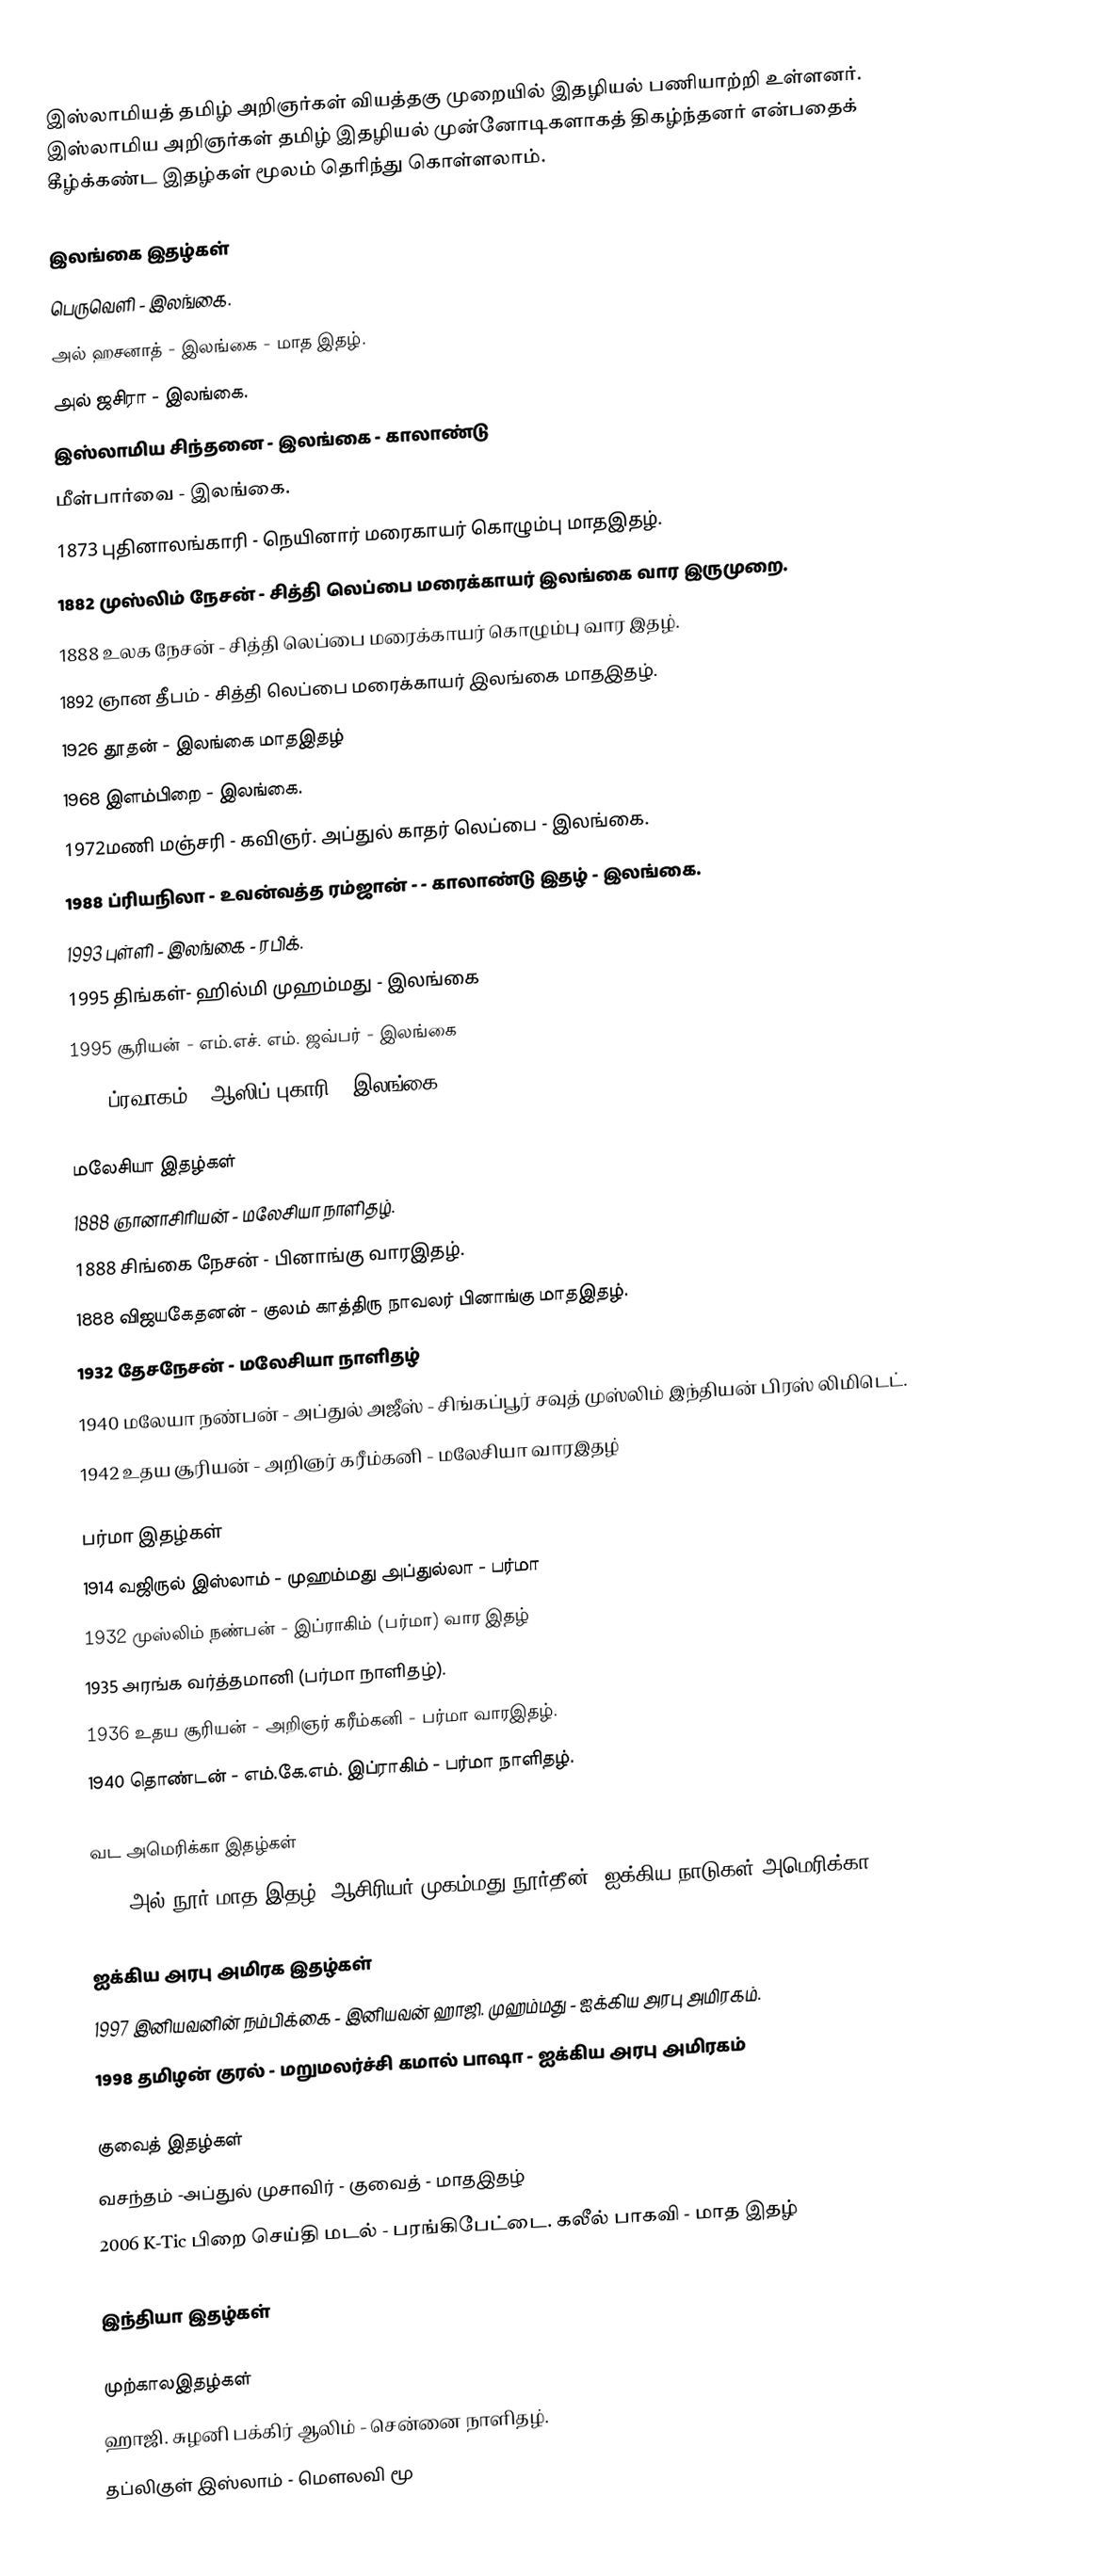
இஸ்லாமியத் தமிழ் அறிஞர்கள் வியத்தகு முறையில் இதழியல் பணியாற்றி உள்ளனர். இஸ்லாமிய அறிஞர்கள் தமிழ் இதழியல் முன்னோடிகளாகத் திகழ்ந்தனர் என்பதைக் கீழ்க்கண்ட இதழ்கள்  மூலம் தெரிந்து கொள்ளலாம்.

இலங்கை இதழ்கள்
பெருவெளி - இலங்கை.
அல் ஹசனாத் - இலங்கை - மாத இதழ்.
அல் ஜசிரா - இலங்கை.
இஸ்லாமிய சிந்தனை - இலங்கை - காலாண்டு
மீள்பார்வை - இலங்கை.
1873 புதினாலங்காரி - நெயினார் மரைகாயர் கொழும்பு மாதஇதழ்.
1882 முஸ்லிம் நேசன் - சித்தி லெப்பை மரைக்காயர் இலங்கை வார இருமுறை.
1888 உலக நேசன் - சித்தி லெப்பை மரைக்காயர் கொழும்பு வார இதழ்.
1892 ஞான தீபம் - சித்தி லெப்பை மரைக்காயர் இலங்கை மாதஇதழ்.
1926 தூதன் - இலங்கை மாதஇதழ்
1968 இளம்பிறை - இலங்கை.
1972மணி மஞ்சரி - கவிஞர். அப்துல் காதர் லெப்பை - இலங்கை.
1988 ப்ரியநிலா - உவன்வத்த ரம்ஜான் -  - காலாண்டு இதழ் - இலங்கை.
1993 புள்ளி - இலங்கை - ரபிக்.
1995 திங்கள்- ஹில்மி முஹம்மது - இலங்கை
1995 சூரியன் - எம்.எச். எம். ஜவ்பர் - இலங்கை
2003 ப்ரவாகம்  -  ஆஸிப் புகாரி - இலங்கை

மலேசியா இதழ்கள்
1888 ஞானாசிரியன் - மலேசியா நாளிதழ்.
1888 சிங்கை நேசன் - பினாங்கு வாரஇதழ்.
1888 விஜயகேதனன் - குலம் காத்திரு நாவலர் பினாங்கு மாதஇதழ்.
1932 தேசநேசன் - மலேசியா நாளிதழ்
1940 மலேயா நண்பன் - அப்துல் அஜீஸ்  - சிங்கப்பூர் சவுத் முஸ்லிம் இந்தியன் பிரஸ் லிமிடெட்.
1942 உதய சூரியன் - அறிஞர் கரீம்கனி  - மலேசியா வாரஇதழ்

பர்மா இதழ்கள்
1914 வஜிருல் இஸ்லாம் - முஹம்மது அப்துல்லா - பர்மா
1932 முஸ்லிம் நண்பன் - இப்ராகிம் (பர்மா) வார இதழ்
1935 அரங்க வர்த்தமானி  (பர்மா நாளிதழ்).
1936 உதய சூரியன் - அறிஞர் கரீம்கனி  - பர்மா வாரஇதழ்.
1940 தொண்டன் - எம்.கே.எம். இப்ராகிம் - பர்மா நாளிதழ்.

வட அமெரிக்கா இதழ்கள்
2005 அல்-நூர் மாத இதழ் -ஆசிரியர் முகம்மது நூர்தீன்- ஐக்கிய நாடுகள் அமெரிக்கா.

ஐக்கிய அரபு அமிரக இதழ்கள்
1997  இனியவனின் நம்பிக்கை - இனியவன் ஹாஜி. முஹம்மது - ஐக்கிய அரபு அமிரகம்.
1998 தமிழன் குரல் - மறுமலர்ச்சி கமால் பாஷா - ஐக்கிய அரபு அமிரகம்

குவைத் இதழ்கள்
வசந்தம் -அப்துல் முசாவிர்  - குவைத் - மாதஇதழ்
2006 K-Tic பிறை செய்தி மடல் - பரங்கிபேட்டை. கலீல் பாகவி - மாத இதழ்

இந்தியா இதழ்கள்

முற்காலஇதழ்கள்
ஹாஜி.  சுழனி பக்கிர் ஆலிம் - சென்னை நாளிதழ்.
தப்லிகுள் இஸ்லாம் - மௌலவி மூ